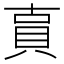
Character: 𧵎